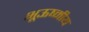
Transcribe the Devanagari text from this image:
भूऊष्मीय